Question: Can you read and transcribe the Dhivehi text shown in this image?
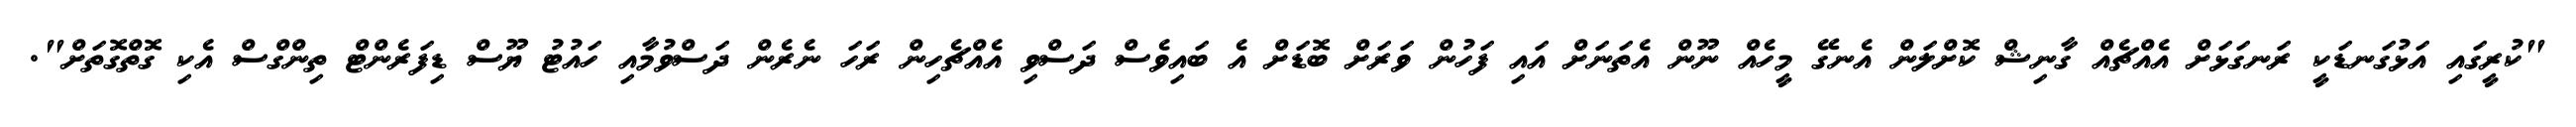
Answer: "ކުރީގައި އަޅުގަނޑަކީ ރަނގަޅަށް އެއްޗެއް ގާނިޝް ކޮށްލަން އެނގޭ މީހެއް ނޫން އެތަނަށް އައި ފަހުން ވަރަށް ބޮޑަށް އެ ބައިވެސް ދަސްވި އެއްޗެހިން ރަހަ ނެރެން ދަސްވުމާއި ހައުޓު ޔޫސް ޑިފަރެންޓް ތިންގްސް އެކި ގޮތްގޮތަށް".